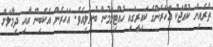
ތެރެއިން ކުއްޖަކު އަހަރެންގެ ކައިރީގައި ހުއްޓިލަމުން ބުނެލިއެވެ. އަހަރެން އެކެބިން އާއި ދިމާލަށް